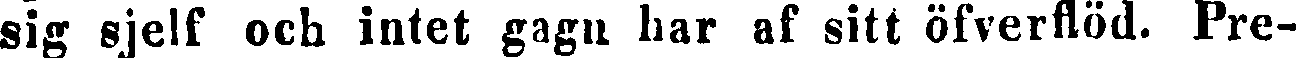
sig sjelf och intet gagn har af sitt öfverflöd. Pre-